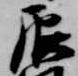
辰